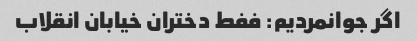
اگر جوانمردیم: ففط دختران خیابان انقلاب